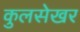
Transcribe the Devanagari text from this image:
कुलसेखर